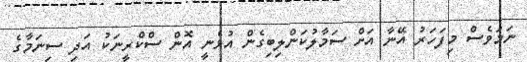
ނަމަވެސް މިފަހަރު އޭނާ އަށް ސަމާލުކަންލިބިގެން އުޅެނީ އޮން ސްކްރީނަކު އަދި ސިނަމާގެ